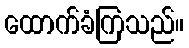
ထောက်ခံကြသည်။